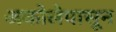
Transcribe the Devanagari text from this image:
अकोलेपासून